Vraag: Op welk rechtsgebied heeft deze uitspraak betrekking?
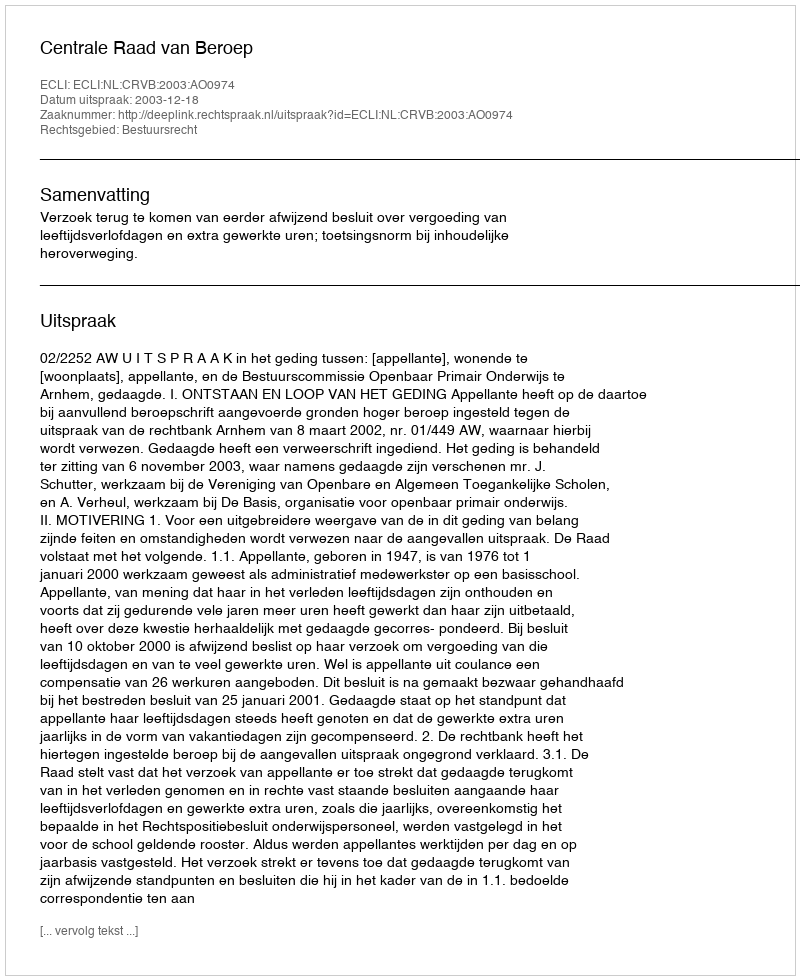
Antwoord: Bestuursrecht